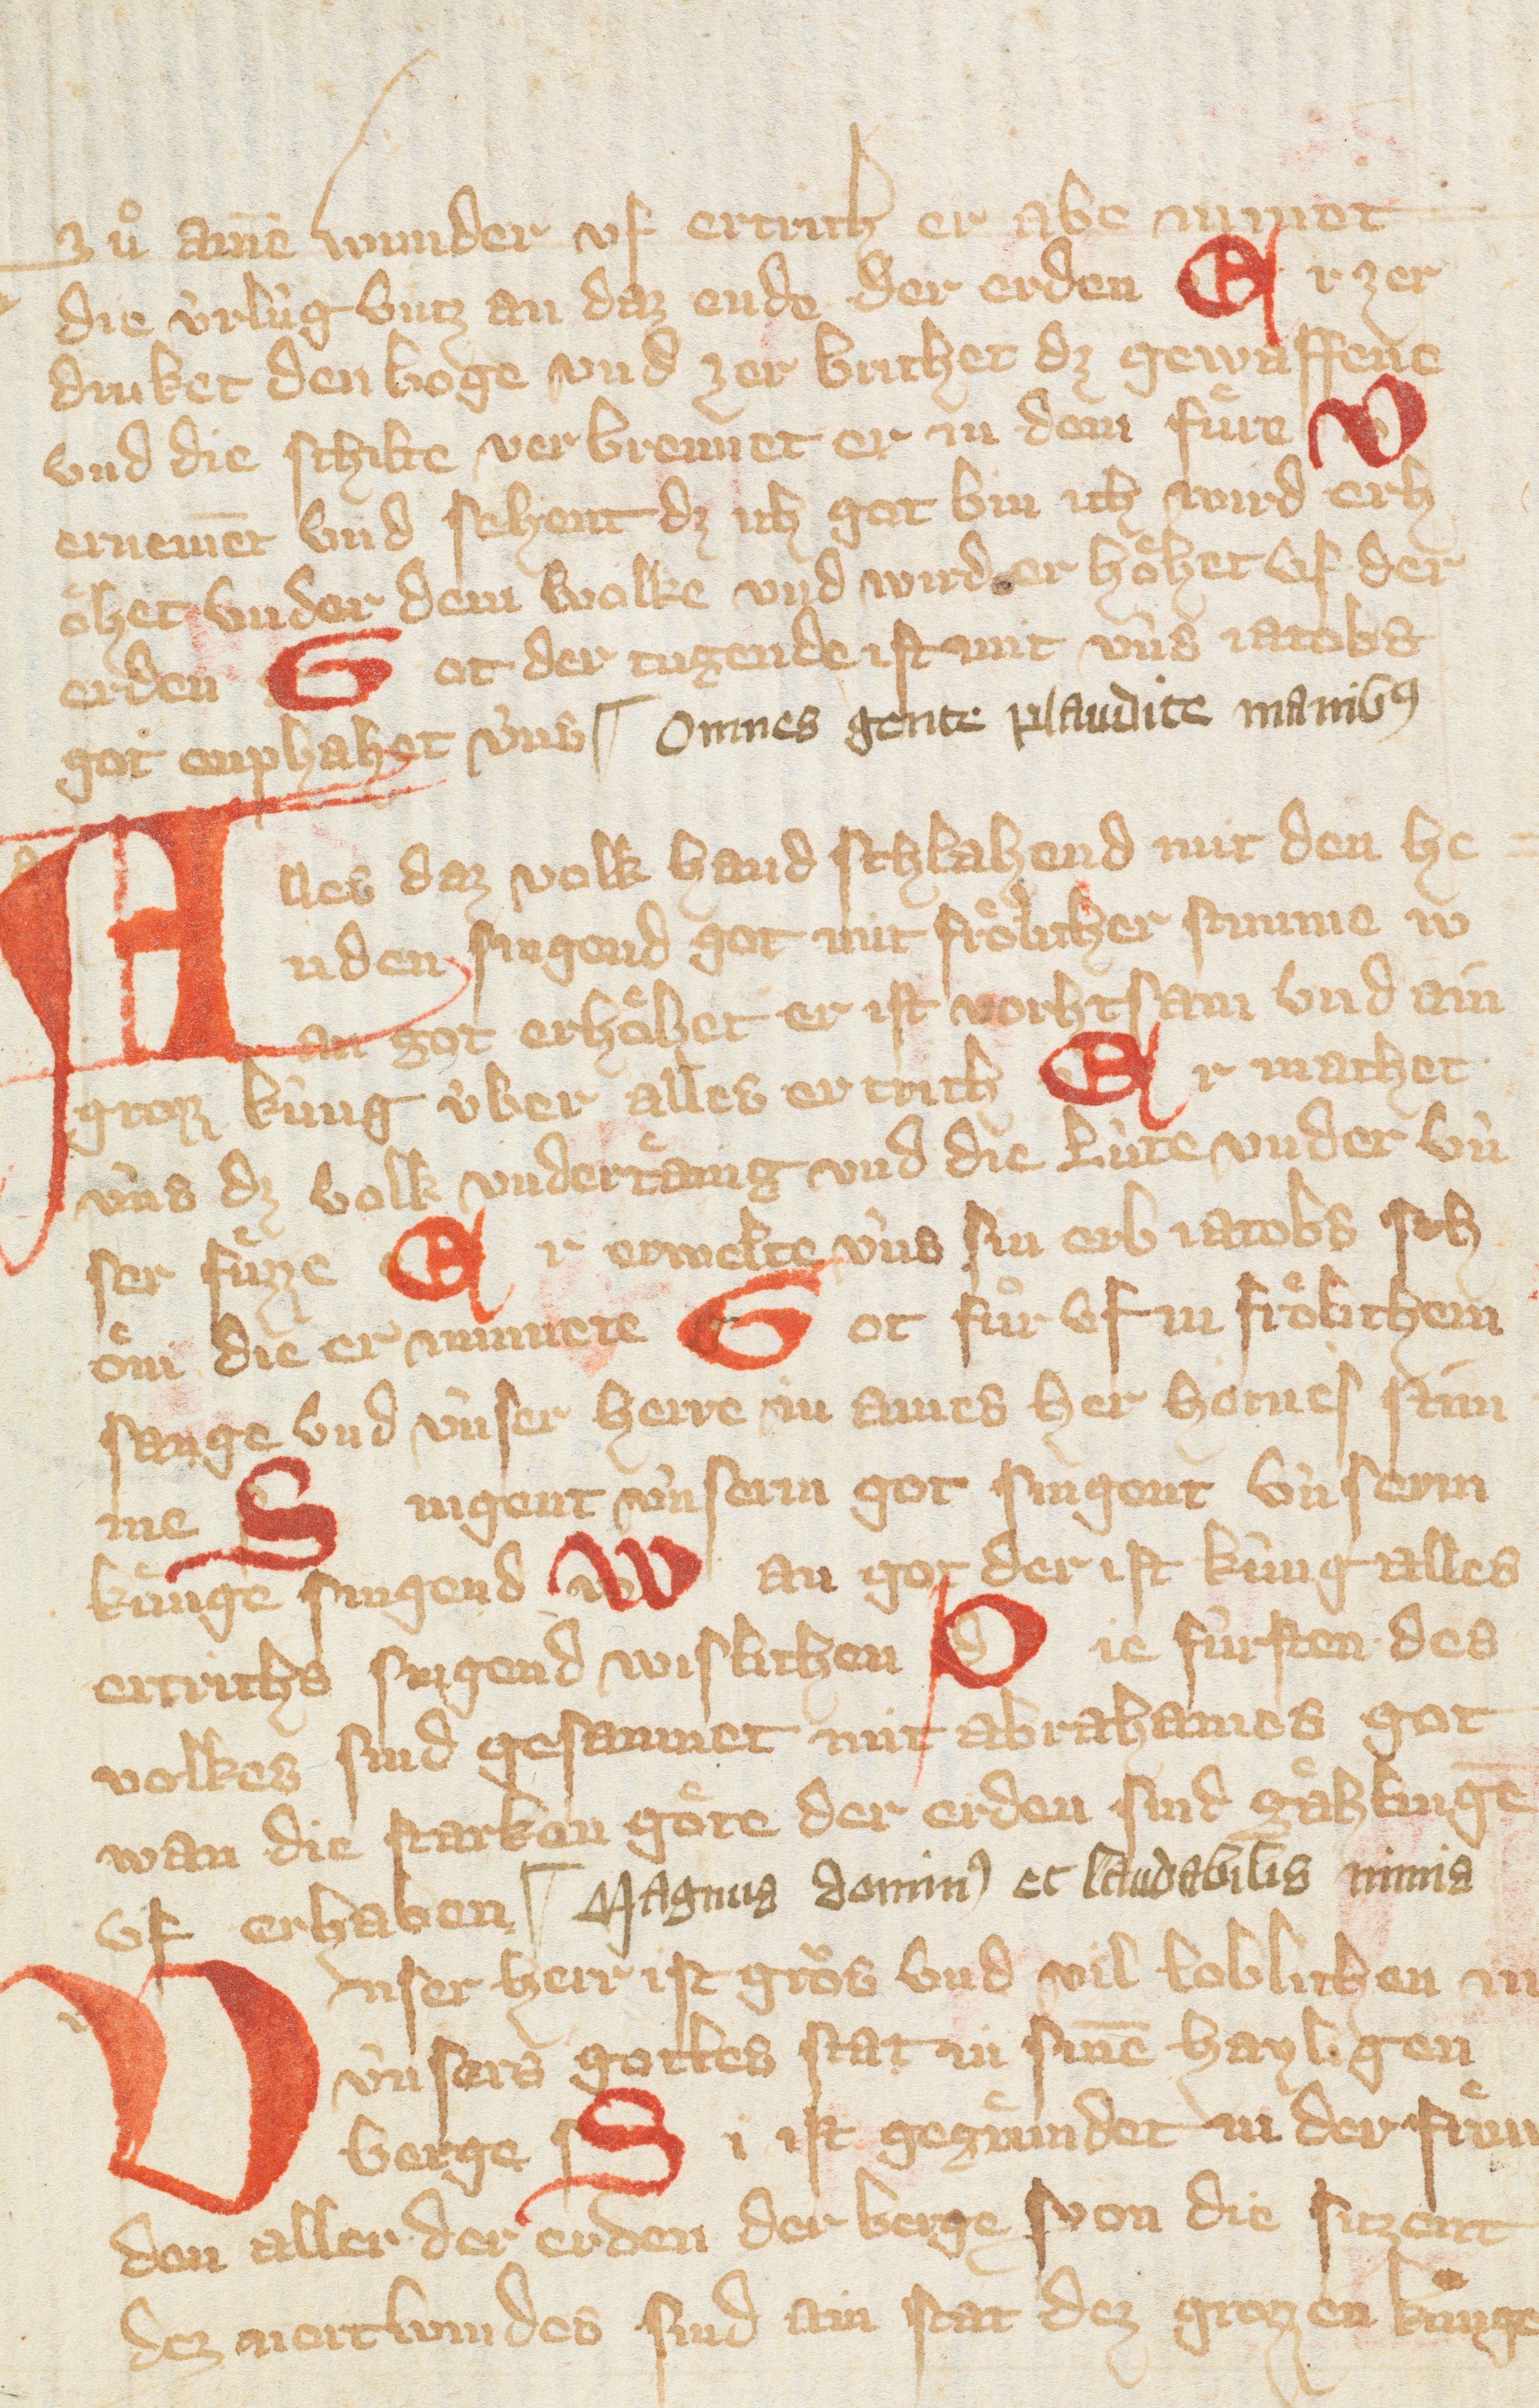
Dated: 1300–1449